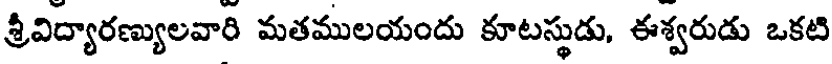
శ్రీవిద్యారణ్యులవారి మతములయందు కూటస్థుడు, ఈశ్వరుడు ఒకటి